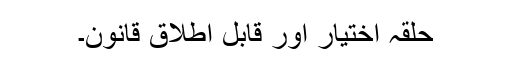
حلقہ اختیار اور قابل اطلاق قانون۔